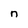
Character: n